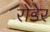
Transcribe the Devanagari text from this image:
रोडेर